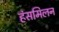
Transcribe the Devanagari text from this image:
हंसमिलन